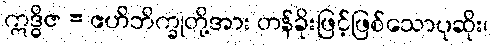
ဣဒ္ဓိဇ = ဧဟိဘိက္ခုတို့အား တန်ခိုးဖြင့်ဖြစ်သောပုဆိုး၊